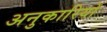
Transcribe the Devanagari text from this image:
अनुकारियों